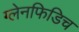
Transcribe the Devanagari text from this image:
ग्लेनफिडिच